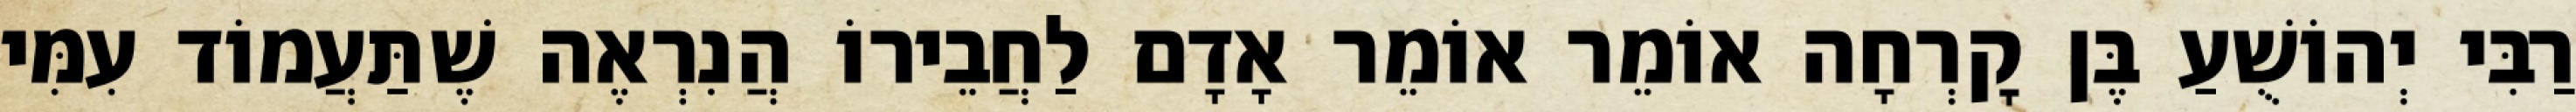
רַבִּי יְהוֹשֻׁעַ בֶּן קׇרְחָה אוֹמֵר אוֹמֵר אָדָם לַחֲבֵירוֹ הֲנִרְאֶה שֶׁתַּעֲמוֹד עִמִּי